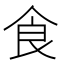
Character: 食